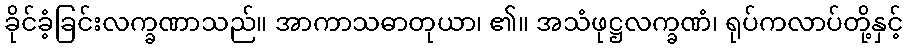
ခိုင်ခံ့ခြင်းလက္ခဏာသည်။ အာကာသဓာတုယာ၊ ၏။ အသံဖုဋ္ဌလက္ခဏံ၊ ရုပ်ကလာပ်တို့နှင့်